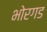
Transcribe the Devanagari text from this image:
भोरगड